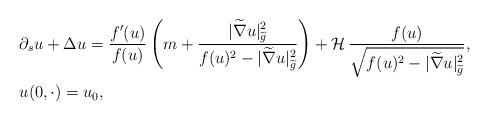
LaTeX: \begin{align*}&\partial_s u + \Delta u= \frac{f'(u)}{f(u)}\left(m+\frac{|\widetilde{\nabla}u|_{\widetilde{g}}^2}{f(u)^2-|\widetilde{\nabla} u|_{\widetilde{g}}^2}\right) +\mathcal{H} \, \frac{f(u)}{\sqrt{f(u)^2-|\widetilde{\nabla }u|_{\widetilde{g}}^2}}, \\ &u(0, \cdot)=u_0,\end{align*}